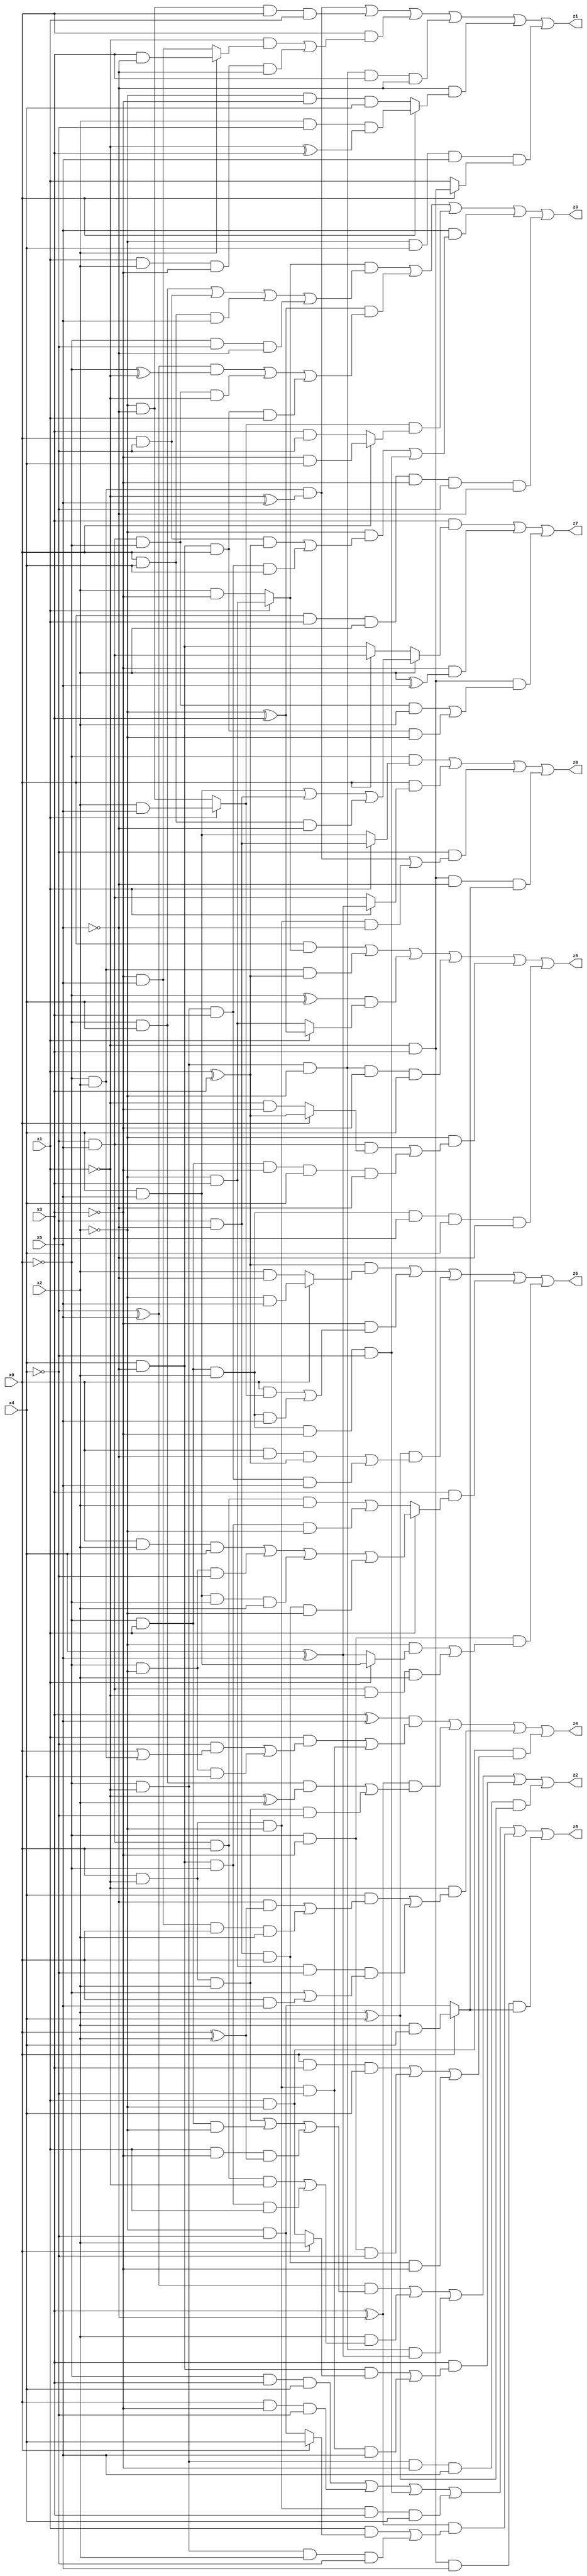
// Benchmark "X_24" written by ABC on Tue Jun 06 22:23:20 2023

module X_24 ( 
    x0, x1, x2, x3, x4, x5,
    z0, z1, z2, z3, z4, z5, z6, z7, z8  );
  input  x0, x1, x2, x3, x4, x5;
  output z0, z1, z2, z3, z4, z5, z6, z7, z8;
  assign z0 = (~x0 & (x1 ? (~x4 & ~x5) : (x4 & x5))) | (x0 & (x1 ? (x4 ^ x5) : (~x4 & x5))) | (~x4 & ((~x0 & x2 & (~x1 ^ x5)) | (x0 & ~x1 & ~x2 & ~x5))) | (~x1 & x3 & ~x5 & (x0 ? (x2 & x4) : (~x2 & ~x4)));
  assign z1 = (~x0 & x2 & (~x1 ^ x5)) | (~x2 & ~x5 & x0 & x1) | (x0 & ((~x1 & (x2 ? (x3 & ~x5) : (~x3 & x5))) | (x1 & x2 & ~x3 & ~x5))) | (~x0 & ~x1 & ~x2 & x3 & ~x5) | (~x5 & (x0 ? (x2 & ~x4 & (~x1 ^ x3)) : (~x2 & ~x3 & x4))) | (~x2 & x4 & x5 & (x0 ? (~x1 & x3) : x1));
  assign z2 = ((~x4 ^ x5) & ((x0 & ~x1 & x2) | (~x0 & x1 & ~x2) | (x1 & ~x3 & (x0 ^ x2)))) | (x2 & ((~x4 & x5 & x0 & ~x1) | (x4 & ~x5 & ~x0 & x1))) | (~x0 & ~x1 & ~x2 & (x4 ^ x5)) | (x3 & ((x4 & ~x5 & (x0 ? x2 : (x1 & ~x2))) | (x0 & ~x1 & ~x2 & ~x4 & x5))) | (~x0 & ~x1 & ~x3 & x5 & (x2 ^ x4));
  assign z3 = ((x1 ? (~x2 & x3) : (x2 & ~x3)) & ((~x0 & x4) | (x0 & ~x4) | (x0 & x4 & x5) | (~x0 & ~x4 & ~x5))) | ((~x2 ^ x3) & (((~x4 ^ x5) & (~x0 ^ ~x1)) | (~x4 & x5 & ~x0 & ~x1) | (x4 & ~x5 & x0 & x1))) | ((x1 ? (x2 & x5) : (~x2 & ~x5)) & (x0 ? (~x3 & x4) : (x3 & ~x4))) | (x5 & ((~x2 & ((x0 & ~x4 & (x1 ^ x3)) | (~x0 & ~x1 & x3 & x4))) | (~x0 & x1 & x2 & ~x3 & ~x4))) | (x0 & x1 & x2 & ~x3 & ~x4 & ~x5);
  assign z4 = ((x3 ^ x5) & ((x1 & ((~x4 & (x0 | (~x0 & x2))) | (~x0 & ~x2 & x4))) | (x0 & ~x1 & ~x2 & ~x4))) | ((x3 ^ ~x5) & ((~x0 & x4 & (~x1 ^ x2)) | (x0 & ~x1 & x2 & ~x4))) | (~x1 & ((x4 & ((~x5 & (x0 ^ x2)) | (~x3 & x5 & x0 & x2))) | (~x2 & x3 & ~x4 & (~x0 | (x0 & x5))))) | (x1 & ~x2 & ((x0 & x3 & x4) | (~x0 & ~x3 & ~x4) | (~x4 & ~x5 & x0 & ~x3)));
  assign z5 = (x0 & (x1 ? (~x2 & x3) : (x2 & ~x3))) | (~x0 & x2 & (x1 ^ x3)) | ((~x0 ^ x4) & (x1 ? (~x2 ^ x3) : (~x2 & x3))) | (~x0 & ~x1 & ~x2 & ~x3 & x4) | (~x2 & ((~x4 & x5 & (x0 ? (x1 ^ x3) : (~x1 & ~x3))) | (~x0 & x1 & ~x3 & x4 & ~x5))) | (~x0 & x1 & x2 & x3 & x4 & ~x5);
  assign z6 = ((x1 ^ x3) & (x0 ? (~x2 & x5) : (x2 & ~x5))) | (~x3 & ((x0 & (x1 ? (x2 & x5) : (~x2 & ~x5))) | (~x0 & x1 & x2 & x5))) | ((x2 ^ x4) & ((x0 & ~x5 & (x1 ^ x3)) | (~x0 & ~x1 & x3 & x5))) | (x3 & (x1 ? ((x0 & x2 & x4) | (~x0 & ~x2 & ~x4) | (x4 & x5 & ~x0 & x2) | (~x4 & ~x5 & x0 & ~x2)) : ((~x4 & x5 & x0 & x2) | (x4 & ~x5 & ~x0 & ~x2)))) | (~x0 & ~x3 & ((~x2 & (x1 ? (x4 & x5) : (x4 ^ x5))) | (~x4 & x5 & ~x1 & x2)));
  assign z7 = (x3 & (x2 ? ((x4 & x5) | (~x4 & ~x5) | (x0 & x4 & ~x5)) : (x0 ? (~x4 & x5) : (x4 & ~x5)))) | (~x3 & (x2 ^ x5)) | (~x1 & x3 & ((~x4 & x5 & ~x0 & x2) | (x4 & ~x5 & x0 & ~x2)));
  assign z8 = (~x0 & x3 & x4) | (x0 & ~x3 & ~x4) | (~x0 & x1 & x2 & ~x3 & ~x4) | (x0 & ~x1 & ~x2 & x3 & x4) | ((x3 ^ ~x5) & ((x1 & (x0 ? x4 : (~x2 & ~x4))) | (~x0 & ~x1 & x2 & ~x4))) | (~x1 & x3 & x5 & (x0 ? (x2 & x4) : (~x2 & ~x4)));
endmodule